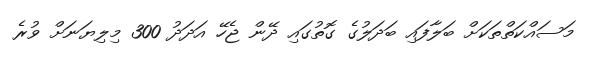
މަސައްކަތްތަކަށް ބަލާފައި ބަދަލުގެ ގޮތުގައި ދޭން ޖެހޭ އަދަދު 300 މިލިޔަނަށް ވުރެ